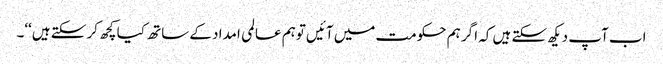
اب آپ دیکھ سکتے ہیں کہ اگر ہم حکومت میں آئیں توہم عالمی امداد کے ساتھ کیا کچھ کر سکتے ہیں‘‘۔